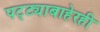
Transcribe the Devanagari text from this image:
पट्ट्याबाहेरही